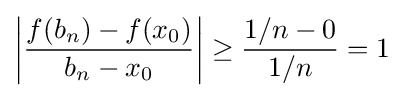
\left|{\frac {f(b_{n})-f(x_{0})}{b_{n}-x_{0}}}\right|\geq {\frac {1/n-0}{1/n}}=1